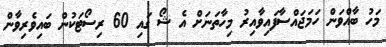
މަހު ބާއްވަން ހަމަޖައްސާފައިވާއިރު މިހާތަނަށް އެ ޝޯ ގައި 60 ރިސޯޓަކުން ބައިވެރިވާން